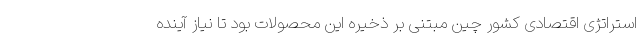
استراتژی اقتصادی کشور چین مبتنی بر ذخیره این محصولات بود تا نیاز آینده